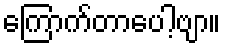
ကြောက်တာပေါ့ဗျာ။